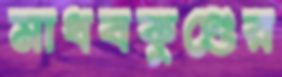
মাধবকুণ্ডের